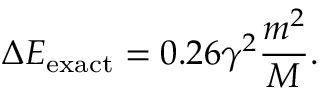
\Delta E _ { \mathrm { e x a c t } } = 0 . 2 6 \gamma ^ { 2 } \frac { m ^ { 2 } } { M } .